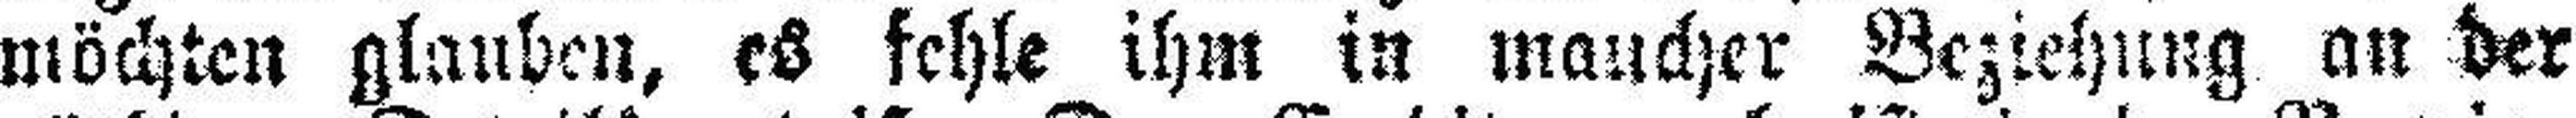
möchten glauben, es fehle ihm in mancher Beziehung an der